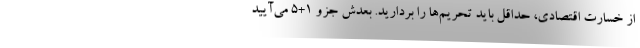
از خسارت اقتصادی، حداقل باید تحریم‌ها را بردارید. بعدش جزو 1+5 می‌آیید